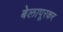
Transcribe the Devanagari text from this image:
बेलापूरकर